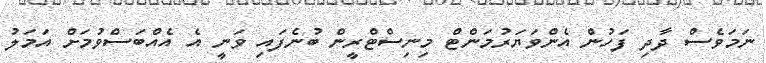
ނަމަވެސް ދާދި ފަހުން އެންވަޔަރުމަންޓް މިނިސްޓްރީން ބުނެފައި ވަނީ އެ އެއްބަސްވުމަށް އަމަލު